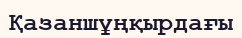
Қазаншұңқырдағы